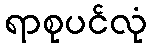
ရာစုပင်လုံ